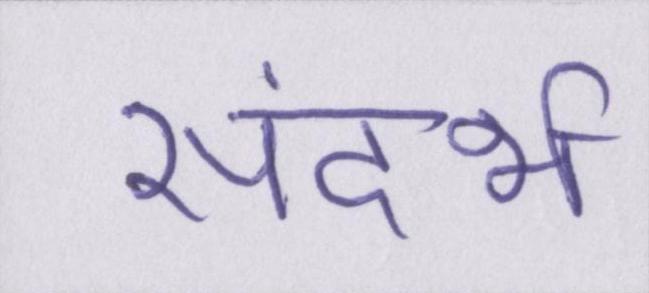
संदर्भ